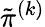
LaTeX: \tilde{\pi}^{(k)}